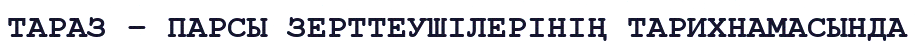
ТАРАЗ – ПАРСЫ ЗЕРТТЕУШІЛЕРІНІҢ ТАРИХНАМАСЫНДА